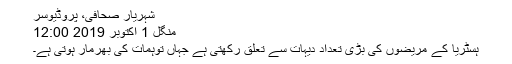
شہریار صحافی، پروڈیوسر
منگل 1 اکتوبر 2019 12:00
ہسٹریا کے مریضوں کی بڑی تعداد دیہات سے تعلق رکھتی ہے جہاں توہمات کی بھرمار ہوتی ہے۔